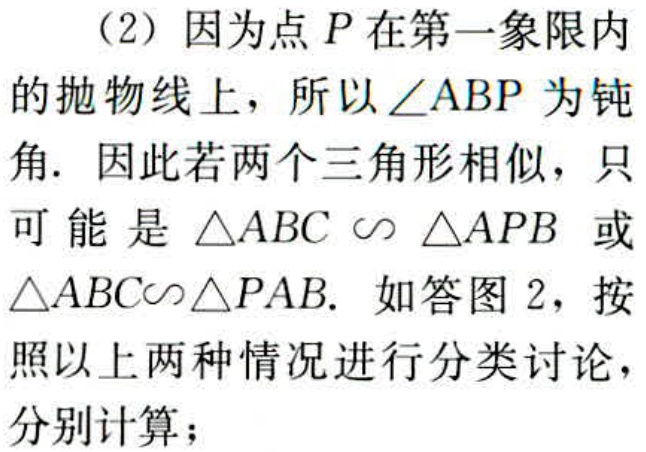
（2）因为点 \(P\) 在第一象限内的抛物线上，所以 \(\angle ABP\) 为钝角. 因此若两个三角形相似，只可能是 \(\triangle ABC\sim\triangle APB\) 或 \(\triangle ABC\sim\triangle PAB\). 如答图 2，按照以上两种情况进行分类讨论，分别计算；